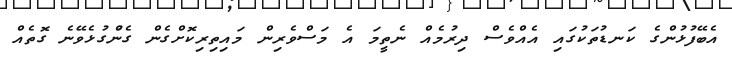
އެބޭފުޅުންގެ ކަނޑުތަކުގައި އެއްވެސް ދިރުމެއް ނެތީމަ އެ މަސްވެރިން މައިތިރިކޮށްގެން ގެންުގުޅެވޭނެ ގޮތެއް